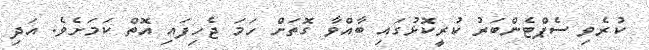
ކުރެވި ސެޕްޓެންބަރު ކުރީކޮޅުގައި ބާއްވާ ގޮތަށް ހަމަ ޖެހިފައި އޮތް ކަމަށެވެ. އަދި